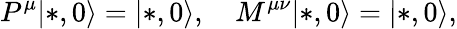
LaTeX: P^{\mu}|*,0\rangle=|*,0\rangle,\quad M^{\mu\nu}|*,0\rangle=|*,0\rangle,